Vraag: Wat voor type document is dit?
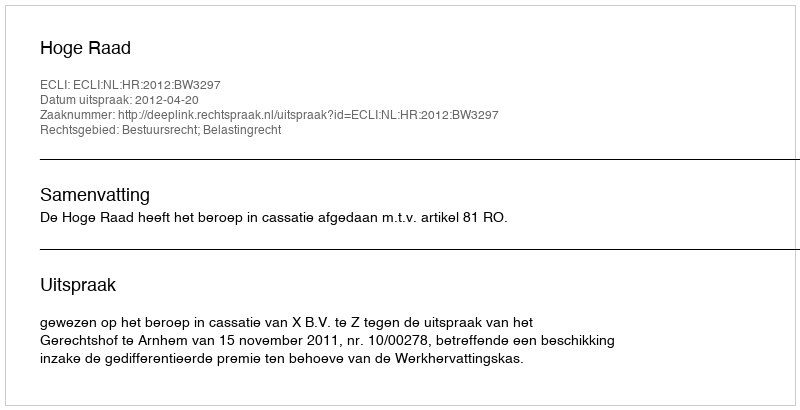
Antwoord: Uitspraak